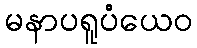
မနာပရူပံယေဝ